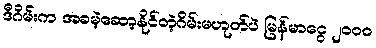
ဒီဂိမ်းက အခမဲ့ဆော့နိုင်တဲ့ဂိမ်းမဟုတ်ပဲ မြန်မာငွေ ၂၀၀၀